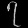
Digit: ၇